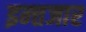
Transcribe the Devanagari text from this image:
इन्त्तजार